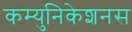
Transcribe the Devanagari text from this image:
कम्युनिकेशनस